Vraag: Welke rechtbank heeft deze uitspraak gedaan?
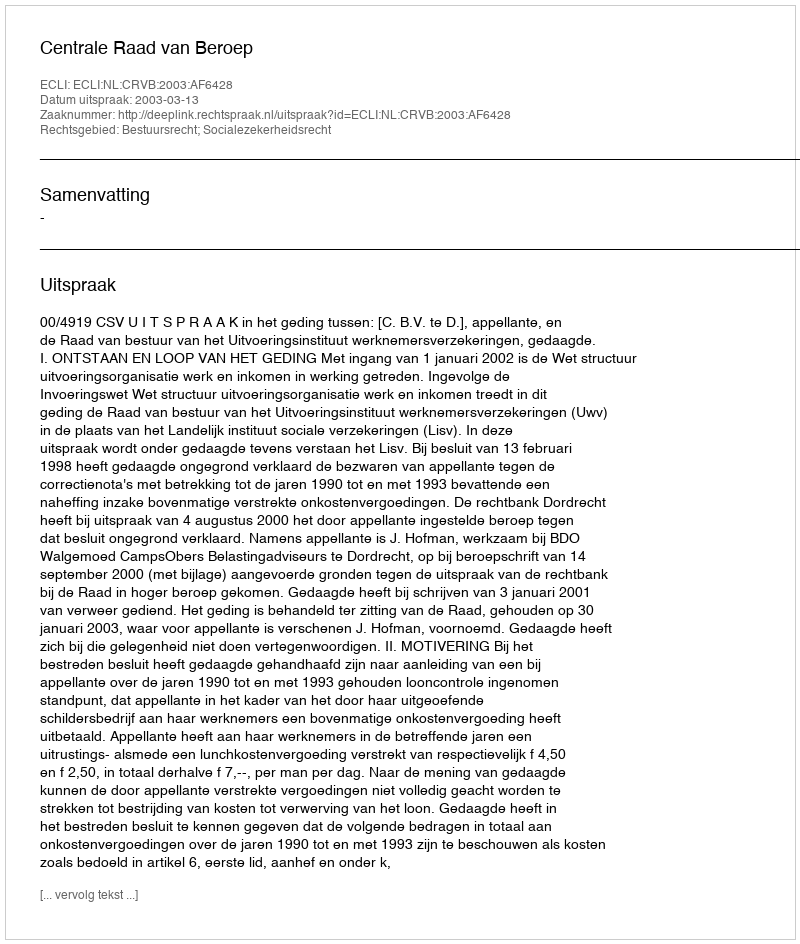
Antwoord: Centrale Raad van Beroep